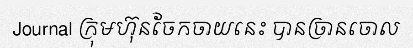
Journal ក្រុមហ៊ុនចែកចាយនេះ បានច្រានចោល